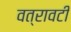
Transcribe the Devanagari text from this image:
वत्रावटी